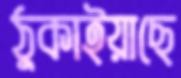
ঠুকাইয়াছে